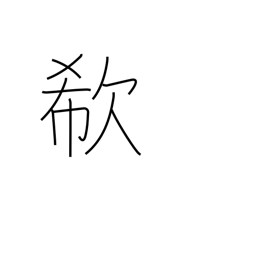
Meaning: cry